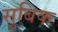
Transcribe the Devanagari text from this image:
सुबिक